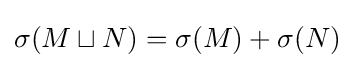
\sigma (M\sqcup N)=\sigma (M)+\sigma (N)